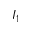
I _ { 1 }